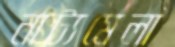
নাট্যমেলা